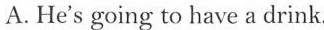
A. He's going to have a drink.